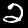
Label: 2